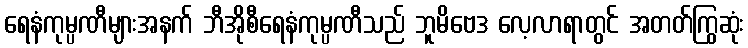
ရေနံကုမ္ပဏီများအနက် ဘီအိုစီရေနံကုမ္ပဏီသည် ဘူမိဗေဒ လေ့လာရာတွင် အတတ်ကြွဆုံး